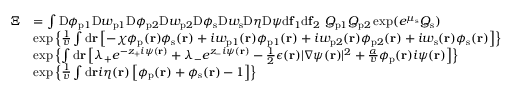
\begin{array} { r l } { \Xi } & { = \int \mathrm { D } \phi _ { \mathrm { p } 1 } \mathrm { D } w _ { \mathrm { p } 1 } \mathrm { D } \phi _ { \mathrm { p } 2 } \mathrm { D } w _ { \mathrm { p } 2 } \mathrm { D } \phi _ { \mathrm { s } } \mathrm { D } w _ { \mathrm { s } } \mathrm { D } \eta \mathrm { D } \psi \mathrm { d } \mathbf { f } _ { 1 } \mathrm { d } \mathbf { f } _ { 2 } \ Q _ { \mathrm { p } 1 } Q _ { \mathrm { p } 2 } \exp ( e ^ { \mu _ { \mathrm { s } } } Q _ { \mathrm { s } } ) } \\ & { \exp \left\{ \frac { 1 } { v } \int \mathrm { d } \mathbf { r } \left[ - \chi \phi _ { \mathrm { p } } ( \mathbf { r } ) \phi _ { \mathrm { s } } ( \mathbf { r } ) + i w _ { \mathrm { p } 1 } ( \mathbf { r } ) \phi _ { \mathrm { p } 1 } ( \mathbf { r } ) + i w _ { \mathrm { p } 2 } ( \mathbf { r } ) \phi _ { \mathrm { p } 2 } ( \mathbf { r } ) + i w _ { \mathrm { s } } ( \mathbf { r } ) \phi _ { \mathrm { s } } ( \mathbf { r } ) \right] \right\} } \\ & { \exp \left\{ \int \mathrm { d } \mathbf { r } \left[ \lambda _ { + } e ^ { - z _ { + } i \psi ( \mathbf { r } ) } + \lambda _ { - } e ^ { z _ { - } i \psi ( \mathbf { r } ) } - \frac { 1 } { 2 } \epsilon ( \mathbf { r } ) | \nabla \psi ( \mathbf { r } ) | ^ { 2 } + \frac { \alpha } { v } \phi _ { \mathrm { p } } ( \mathbf { r } ) i \psi ( \mathbf { r } ) \right] \right\} } \\ & { \exp \left\{ \frac { 1 } { v } \int \mathrm { d } \mathbf { r } i \eta ( \mathbf { r } ) \left[ \phi _ { \mathrm { p } } ( \mathbf { r } ) + \phi _ { \mathrm { s } } ( \mathbf { r } ) - 1 \right] \right\} } \end{array}